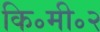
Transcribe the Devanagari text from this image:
कि॰मी॰२